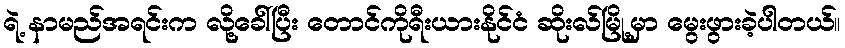
ရဲ့ နာမည်အရင်းက လို့ခေါ်ပြီး တောင်ကိုရီးယားနိုင်ငံ ဆိုးလ်မြို့မှာ မွေးဖွားခဲ့ပါတယ်။